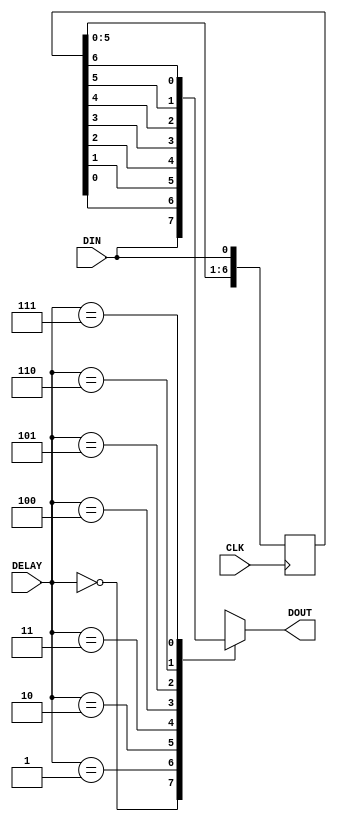
`timescale 1ns / 1ps
//////////////////////////////////////////////////////////////////////////////////
// Company: 
// Engineer: 
// 
// Design Name: 
// Module Name:    tmplctdly 
// Project Name: 
// Target Devices: 
// Tool versions: 
// Description: 
//
// Dependencies: 
//
// Revision: 
// Revision 0.01 - File Created
// Additional Comments: 
//
//////////////////////////////////////////////////////////////////////////////////
module tmplctdly(
    input CLK,
    input DIN,
    input [2:0] DELAY,
    output reg DOUT
    );

reg [6:0] dshft;

always @(posedge CLK)
begin
	dshft <= {dshft[5:0],DIN};
end

always @*
begin
	case(DELAY)
		3'd0 : DOUT = DIN; 
		3'd1 : DOUT = dshft[0]; 
		3'd2 : DOUT = dshft[1]; 
		3'd3 : DOUT = dshft[2]; 
		3'd4 : DOUT = dshft[3]; 
		3'd5 : DOUT = dshft[4]; 
		3'd6 : DOUT = dshft[5]; 
		3'd7 : DOUT = dshft[6]; 
		default : DOUT = DIN;
	endcase
end

endmodule